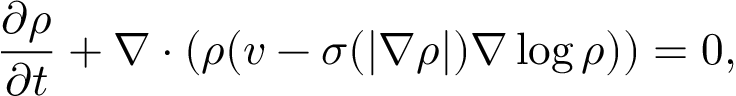
\frac { \partial \rho } { \partial t } + \nabla \cdot ( \rho ( v - \sigma ( | \nabla \rho | ) \nabla \log \rho ) ) = 0 ,